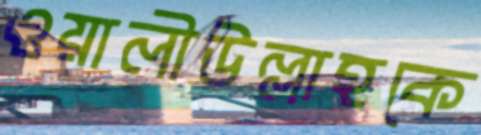
ওয়ালীউল্লাহকে